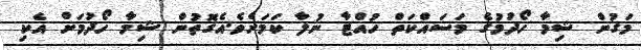
މަގުން ޝިމާ ހޯދުމުގެ މަސައްކަތް ހުއްޓާ ނުލާ ކަމަށެވެ.އެގޮތުން ޝިމާ ހޯދުމަށް އެކި